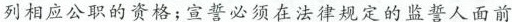
列相应公职的资格；宣誓必须在法律规定的监誓人面前